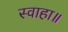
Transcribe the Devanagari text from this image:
स्वाहा॥